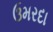
ઉમરદા